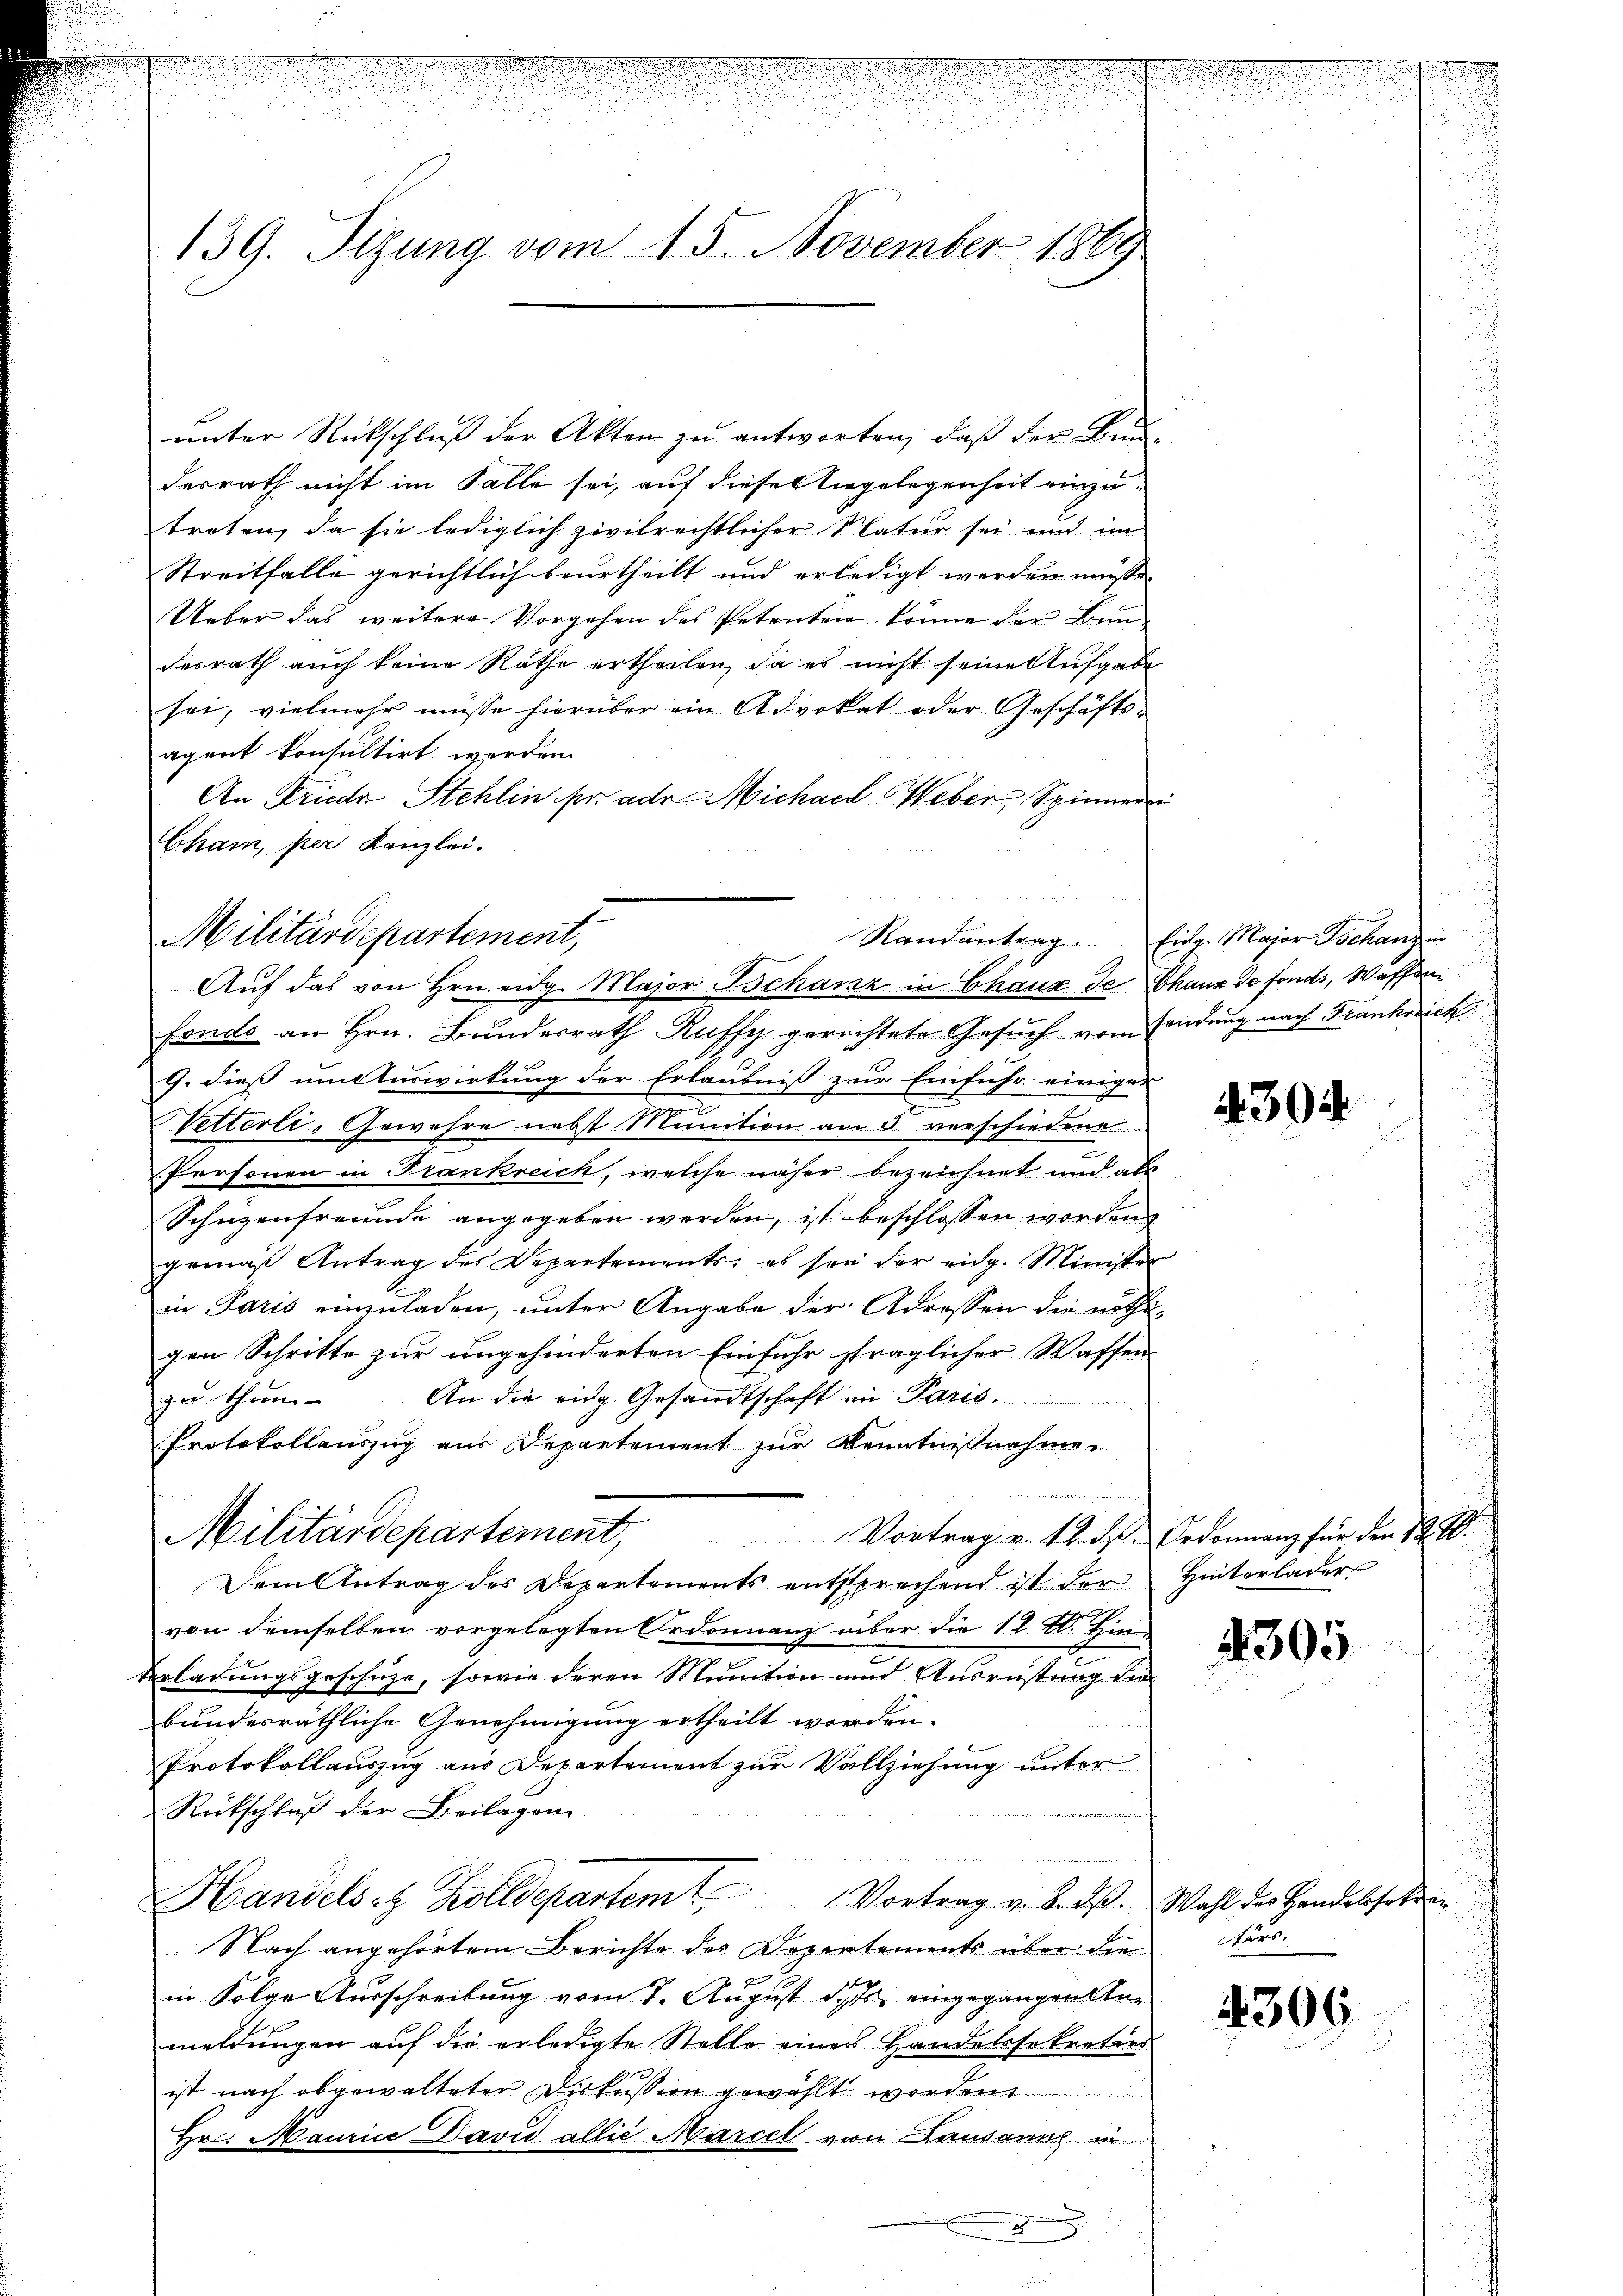
139. Sizung vom 15. November 1869.

unter Rückschluß der Akten zu antworten, daß der Bun-
derrath nicht im Falle sei, auf dieses irgelegenheit einzutreten, da sie lediglich zivilrechtlicher Natur sei und im
Streitfalle gerichtlich beurtheilt und erledigt werden müsse,
Ueber das weitere Vorgehen des Petenten könne der Bundesrath auch keine Räthe ertheilen, da es nicht seine Aufgabe
sei, vielmehr müsse hierüber ein Advokat oder Geschäftsagent konsultirt werden.
An Frieder Stehlin pr. ad Michael Weber, Spinner
Cham per Kanzlei.
fonds an Hrn. Bundesrath Auffy gerichtete Gesuch vom sendung nach Frankreich
G. dieß um Auswirkung der Erlaubniß zur Einfuhr einiger
Vetterli-Gewehre nebst Munition am 3. verschiedene
Personen in Frankreich, welche näher bezeichnet und als
Schüzenfreunde angegeben werden, ist beschlossen worden,
gemäß Antrag des Departements, es sei der eidg. Minister
in Paris einzuladen, unter Angabe der Adressen die nöthigen Schritte zur ungehinderten Einfuhr sträglicher Waffen
An die eidg. Gesandtschaft in Paris.
gu thun
Protokollauszug aus Departement zur Kenntnißnahme.
Militärdepartement,
 Vortrag v. 12. d. Ordonnanz für den 12 t
Dem Antrag des Departements entsprechend ist der Hinterlader
von demselben vorgelegten Ordonnanz über die 12 Zl. Hin¬
Verladungsgeschüze, sowie deren Munition und Ausrüstung die
bundesräthliche Genehmigung ertheilt worden.
Protokollauszug aus Departement zur Vollziehung unter
Rückschlaß der Beilagen
Handelst Zolldepartem Vortrag v. Beist. Wahl des Landessekur
Nach angehörtem Berichte des Depertements über die
in Folge Ausschreibung vom 7. August des eingegangen Anmeldungen auf die erledigte Stelle einer Handelssekretärs
ist nach abgewalteter Diskussion gewählt worden.
Hr. Maurice David allie Marcel von Lausanne in
x

Militärdepartement,
Aŭf das von Hrn. eidg. Major Schanz in Chaux de Chaux de fonds, Waffen¬

Randantrag. Eidg. Major Schanz in

430

4305

Laro

4306